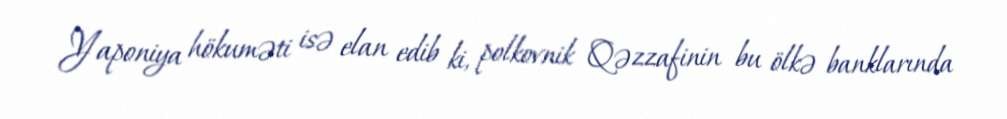
Yaponiya hökuməti isə elan edib ki, polkovnik Qəzzafinin bu ölkə banklarında